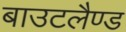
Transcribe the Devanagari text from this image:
बाउटलैण्ड